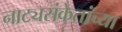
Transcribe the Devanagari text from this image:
नाट्यसंकेतांच्या